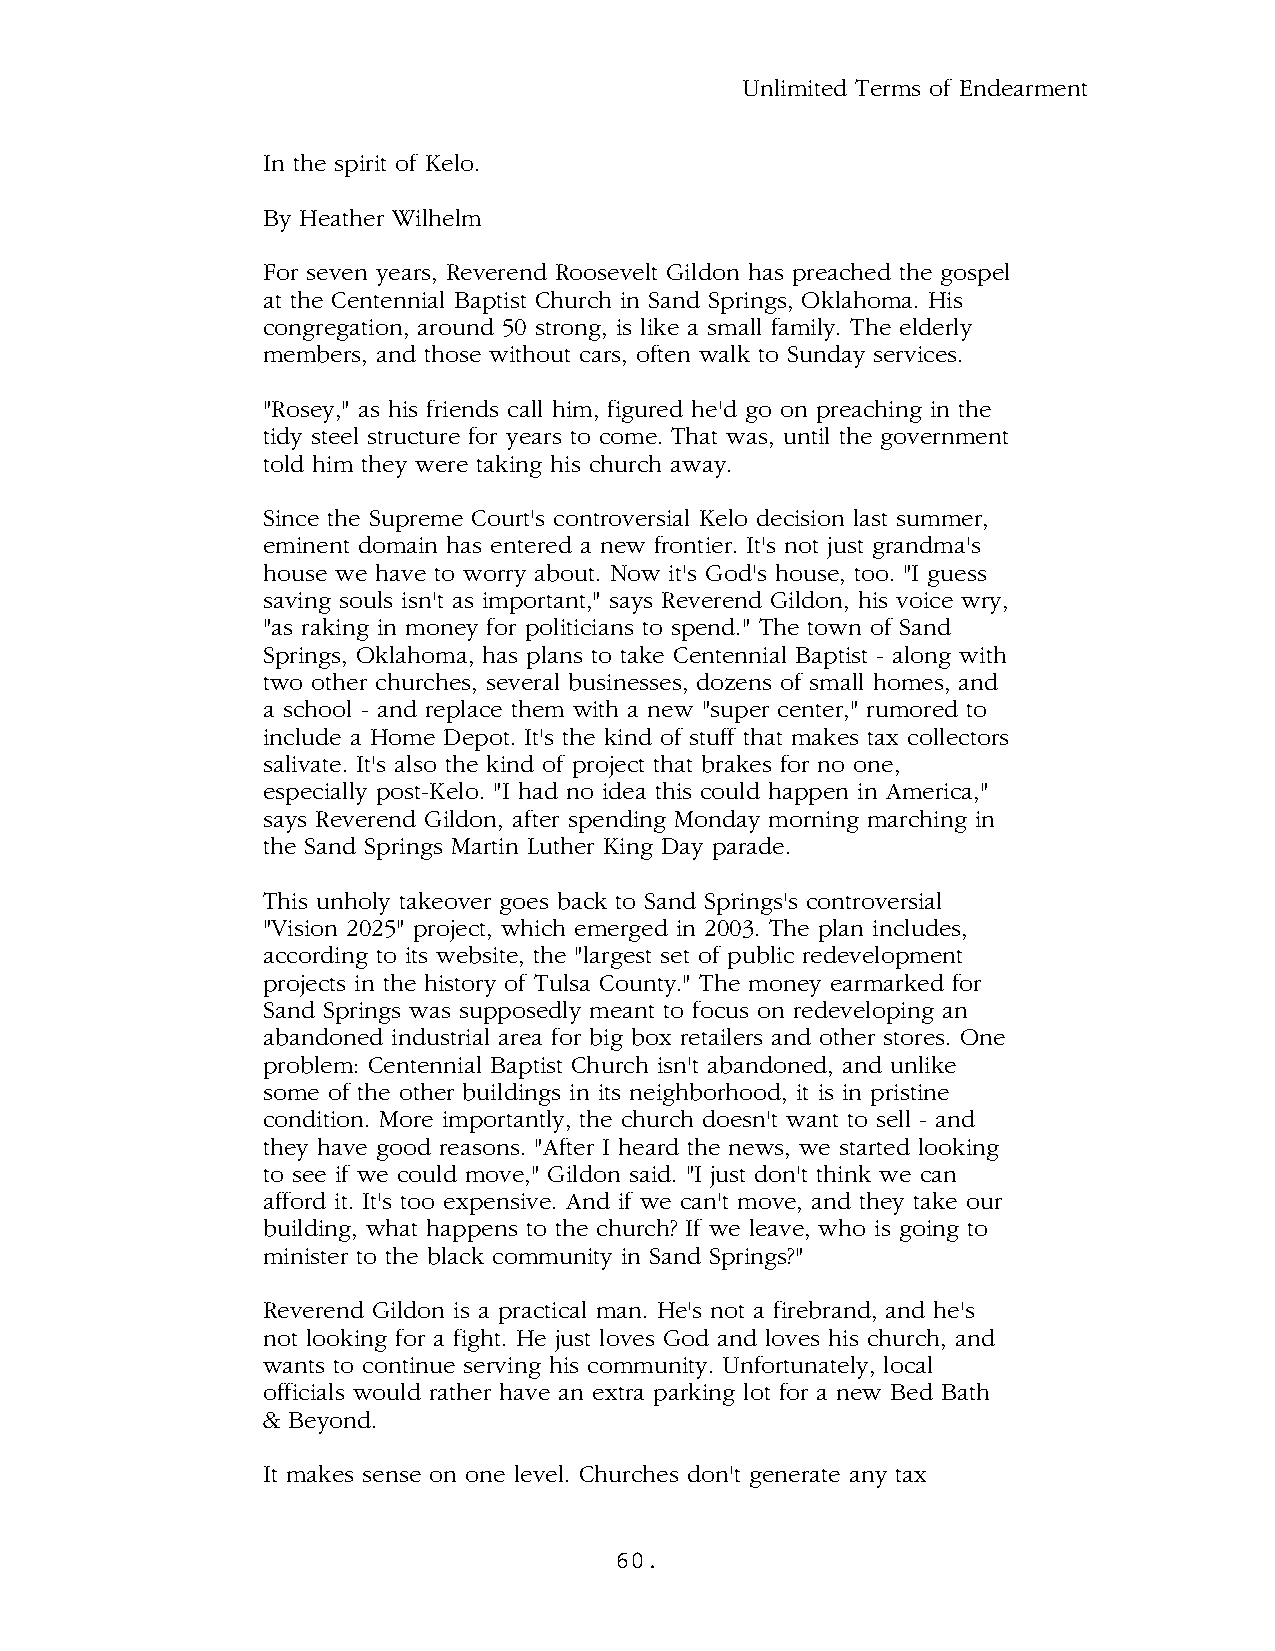
Unlimited Terms of Endearment
 In the spirit of Kelo.
 By Heather Wilhelm
 For seven years, Reverend Roosevelt Gildon has preached the gospel
 at the Centennial Baptist Church in Sand Springs, Oklahoma. His
 congregation, around 50 strong, is like a small family. The elderly
 members, and those without cars, often walk to Sunday services.
 "Rosey," as his friends call him, figured he'd go on preaching in the
 tidy steel structure for years to come. That was, until the government
 told him they were taking his church away.
 Since the Supreme Court's controversial Kelo decision last summer,
 eminent domain has entered a new frontier. It's not just grandma's
 house we have to worry about. Now it's God's house, too. "I guess
 saving souls isn't as important," says Reverend Gildon, his voice wry,
 "as raking in money for politicians to spend." The town of Sand
 Springs, Oklahoma, has plans to take Centennial Baptist - along with
 two other churches, several businesses, dozens of small homes, and
 a school - and replace them with a new "super center," rumored to
 include a Home Depot. It's the kind of stuff that makes tax collectors
 salivate. It's also the kind of project that brakes for no one,
 especially post-Kelo. "I had no idea this could happen in America,"
 says Reverend Gildon, after spending Monday morning marching in
 the Sand Springs Martin Luther King Day parade.
 This unholy takeover goes back to Sand Springs's controversial
 "Vision 2025" project, which emerged in 2003. The plan includes,
 according to its website, the "largest set of public redevelopment
 projects in the history of Tulsa County." The money earmarked for
 Sand Springs was supposedly meant to focus on redeveloping an
 abandoned industrial area for big box retailers and other stores. One
 problem: Centennial Baptist Church isn't abandoned, and unlike
 some of the other buildings in its neighborhood, it is in pristine
 condition. More importantly, the church doesn't want to sell - and
 they have good reasons. "After I heard the news, we started looking
 to see if we could move," Gildon said. "I just don't think we can
 afford it. It's too expensive. And if we can't move, and they take our
 building, what happens to the church? If we leave, who is going to
 minister to the black community in Sand Springs?"
 Reverend Gildon is a practical man. He's not a firebrand, and he's
 not looking for a fight. He just loves God and loves his church, and
 wants to continue serving his community. Unfortunately, local
 officials would rather have an extra parking lot for a new Bed Bath
 & Beyond.
 It makes sense on one level. Churches don't generate any tax
 60.